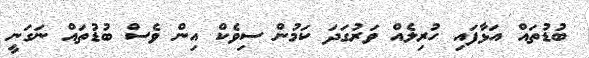
ބުޑުތައް އަޅާފައި ހުރިލެއް ވަރުގަދަ ކަމުން ސިވެކް އިން ވެސް ބުޑުތައް ނަގަނީ